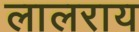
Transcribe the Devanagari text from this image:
लालराय